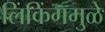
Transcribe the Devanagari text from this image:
लिंकिंगमुळे